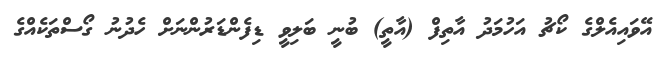
އޭވައިއެލްގެ ކޯޗު އަހުމަދު އާތިފް (އާތީ) ބުނީ ބަލިވީ ޑިފެންޑަރުންނަށް ހެދުނު ގޯސްތަކެއްގެ